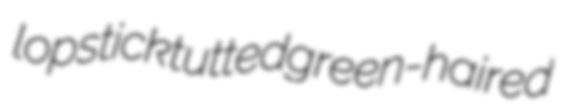
lopstick tutted green-haired